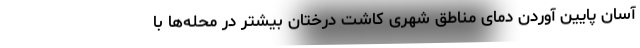
آسان پایین آوردن دمای مناطق شهری کاشت درختان بیشتر در محله‌ها با